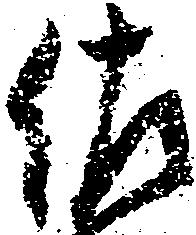
佐